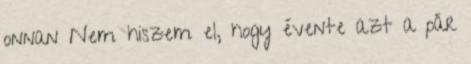
onnan Nem hiszem el, hogy évente azt a pár